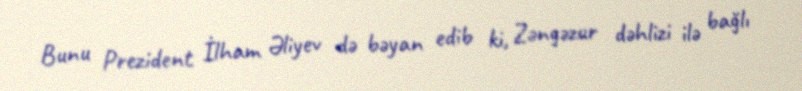
Bunu Prezident İlham Əliyev də bəyan edib ki, Zəngəzur dəhlizi ilə bağlı